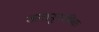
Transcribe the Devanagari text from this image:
अनानुगामिक